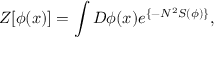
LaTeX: Z [ \phi ( x ) ] = \int D \phi ( x ) e ^ { \{ - N ^ { 2 } S ( \phi ) \} } ,